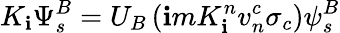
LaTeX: K_{\mathbf{i}}\Psi_{s}^{B}=U_{B}\left(\mathbf{i}mK_{\mathbf{i}}^{n}v_{n}^{c}\sigma_{c}\right)\psi_{s}^{B}